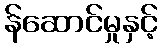
န်ဆောင်မှုနှင့်